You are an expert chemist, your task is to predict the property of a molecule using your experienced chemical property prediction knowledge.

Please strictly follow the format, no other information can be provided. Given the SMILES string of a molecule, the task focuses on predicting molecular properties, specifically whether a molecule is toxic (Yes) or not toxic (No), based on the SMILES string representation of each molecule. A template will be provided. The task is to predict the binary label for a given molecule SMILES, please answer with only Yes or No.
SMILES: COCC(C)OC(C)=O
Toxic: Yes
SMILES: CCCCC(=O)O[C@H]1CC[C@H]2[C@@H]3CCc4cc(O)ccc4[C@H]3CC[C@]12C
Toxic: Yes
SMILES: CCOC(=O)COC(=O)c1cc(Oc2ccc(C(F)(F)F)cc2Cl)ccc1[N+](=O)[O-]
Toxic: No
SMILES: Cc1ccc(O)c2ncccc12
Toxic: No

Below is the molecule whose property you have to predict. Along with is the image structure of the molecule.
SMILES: OCc1cc(C(O)CNCCCCCCOCCCCc2ccccc2)ccc1O
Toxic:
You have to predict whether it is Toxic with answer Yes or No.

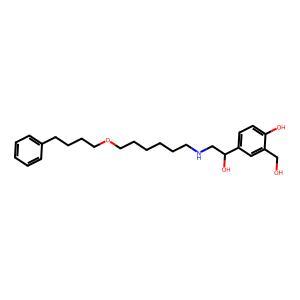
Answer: No